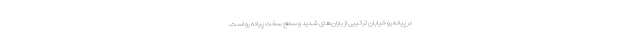
در پیاده رو خیابان ترکیبی از باران‌های شدید و سطح سخت پیاده رو است.